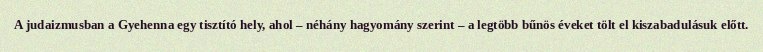
A judaizmusban a Gyehenna egy tisztító hely, ahol – néhány hagyomány szerint – a legtöbb bűnös éveket tölt el kiszabadulásuk előtt.